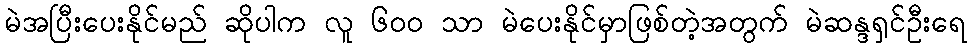
မဲအပြီးပေးနိုင်မည် ဆိုပါက လူ ၆၀၀ သာ မဲပေးနိုင်မှာဖြစ်တဲ့အတွက် မဲဆန္ဒရှင်ဦးရေ